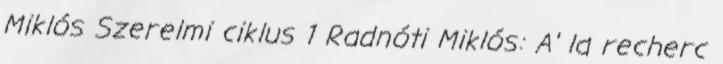
Miklós Szerelmi ciklus 1 Radnóti Miklós: A' la recherc